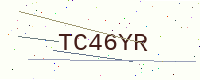
Text: TC46YR